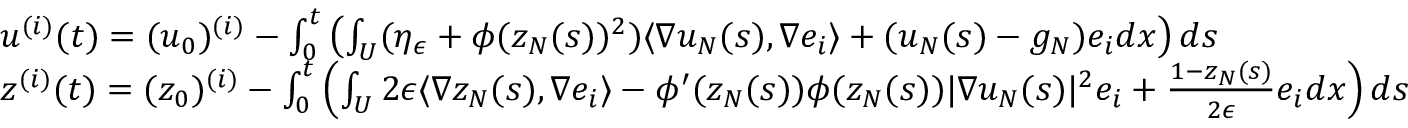
\begin{array} { r l } & { u ^ { ( i ) } ( t ) = ( u _ { 0 } ) ^ { ( i ) } - \int _ { 0 } ^ { t } \left( \int _ { U } ( \eta _ { \epsilon } + \phi ( z _ { N } ( s ) ) ^ { 2 } ) \langle \nabla u _ { N } ( s ) , \nabla e _ { i } \rangle + ( u _ { N } ( s ) - g _ { N } ) e _ { i } d x \right) d s } \\ & { z ^ { ( i ) } ( t ) = ( z _ { 0 } ) ^ { ( i ) } - \int _ { 0 } ^ { t } \left( \int _ { U } 2 \epsilon \langle \nabla z _ { N } ( s ) , \nabla e _ { i } \rangle - \phi ^ { \prime } ( z _ { N } ( s ) ) \phi ( z _ { N } ( s ) ) | \nabla u _ { N } ( s ) | ^ { 2 } e _ { i } + \frac { 1 - z _ { N } ( s ) } { 2 \epsilon } e _ { i } d x \right) d s } \end{array}